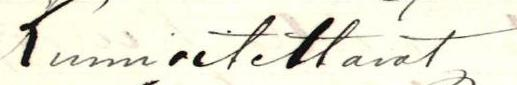
Kunnioitettavat